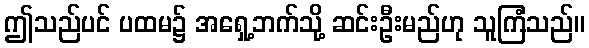
ဤသည်ပင် ပထမ၌ အရှေ့ဘက်သို့ ဆင်းဦးမည်ဟု သူကြံသည်။